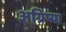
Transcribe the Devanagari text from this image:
अग्रिष्या